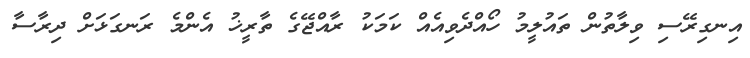
އިނގިރޭސި ވިލާތުން ތައުލީމު ހޯއްދެވިއެއް ކަމަކު ރާއްޖޭގެ ތާރީޚު އެންމެ ރަނގަޅަށް ދިރާސާ